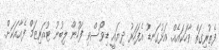
ފެތުރިގަތް ވާހަކައެއް. އަޅުގަނޑު އެފަހަރު ދިޔައީ ޑިވޯސްވި ފަހުން ލިބުނު ޓުއަރިޒަމް ފެއާއަކަށް.